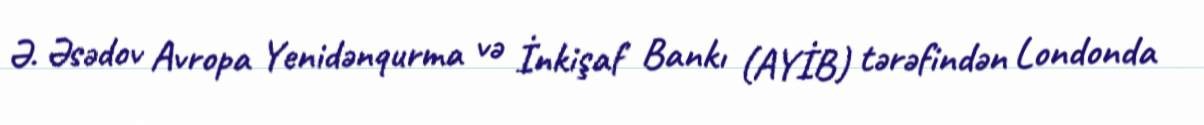
Ə. Əsədov Avropa Yenidənqurma və İnkişaf Bankı (AYİB) tərəfindən Londonda